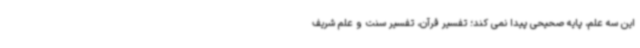
این سه علم، پایه صحیحی پیدا نمی کند؛ تفسیر قرآن، تفسیر سنت و علم شریف